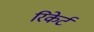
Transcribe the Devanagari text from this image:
रिकेर्ट